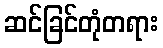
ဆင်ခြင်တုံတရား